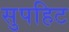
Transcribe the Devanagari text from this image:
सुपहिट